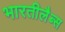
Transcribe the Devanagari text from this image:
भारतीलैब्स